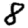
Digit: 8